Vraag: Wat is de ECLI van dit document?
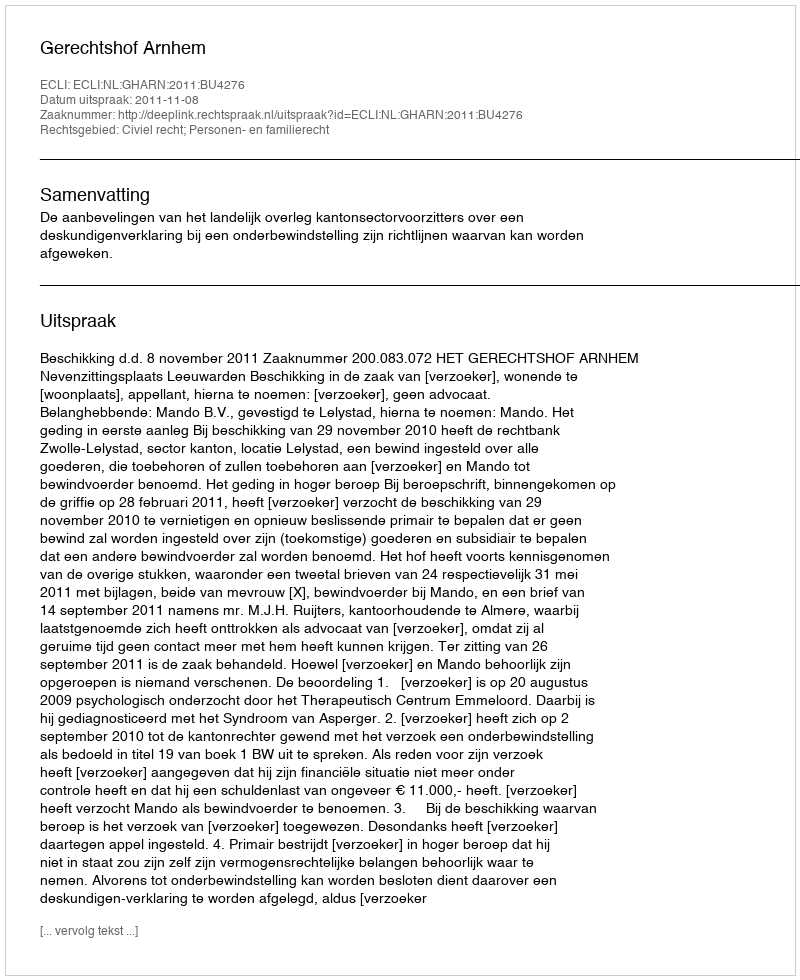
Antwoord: ECLI:NL:GHARN:2011:BU4276